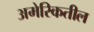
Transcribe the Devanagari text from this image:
अमेरिकतील